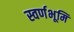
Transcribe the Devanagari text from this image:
स्वर्णभूमि